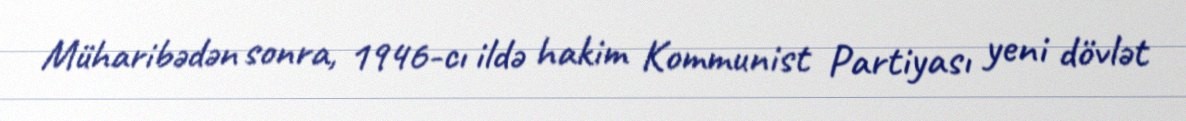
Müharibədən sonra, 1946-cı ildə hakim Kommunist Partiyası yeni dövlət